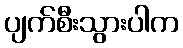
ပျက်စီးသွားပါက